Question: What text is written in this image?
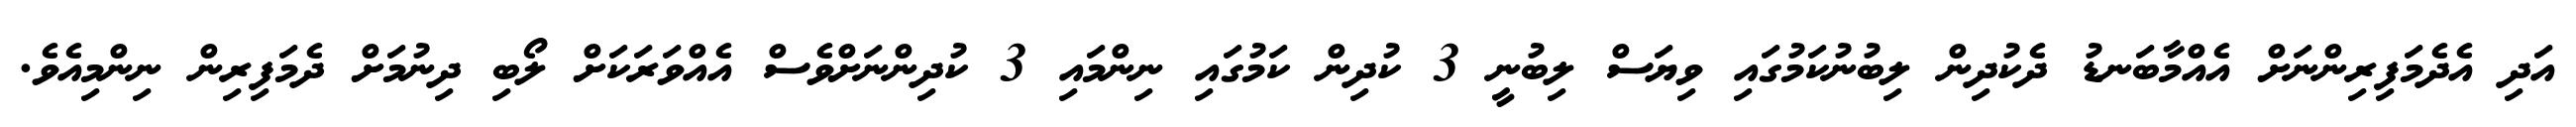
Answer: އަދި އެދެމަފިރިންނަށް އެއްމާބަނޑު ދެކުދިން ލިބުނުކަމުގައި ވިޔަސް ލިބުނީ 3 ކުދިން ކަމުގައި ނިންމައި 3 ކުދިންނަށްވެސް އެއްވަރަކަށް ލޯބި ދިނުމަށް ދެމަފިރިން ނިންމިއެވެ.